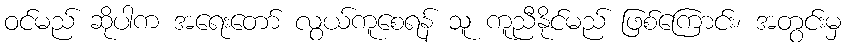
ဝင်မည် ဆိုပါက အရေးတော် လွယ်ကူစေရန် သူ ကူညီနိုင်မည် ဖြစ်ကြောင်း၊ အတွင်းမှ